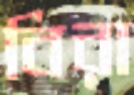
বিরা